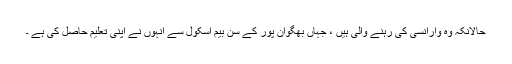
حالانکہ وہ وارانسی کی رہنے والی ہیں ، جہاں بھگوان پور کے سن بیم اسکول سے انہوں نے اپنی تعلیم حاصل کی ہے ۔